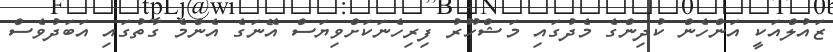
ޒައުލްއަކީ އަންހެން ކުދިންގެ މެދުގައި މަޝްހޫރު ފިރިހެނަކަށްވިޔަސް އޭނަގެ އެންމެ ގާތުގައި އަބަދުވެސް